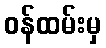
ဝန်ထမ်းမှ